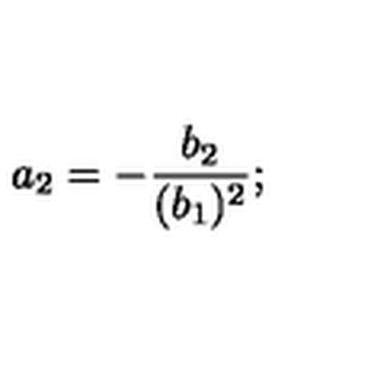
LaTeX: a _ { 2 } = - { \frac { b _ { 2 } } { ( b _ { 1 } ) ^ { 2 } } } ;